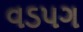
વડપગ